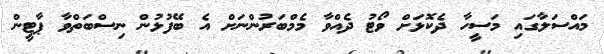
މައްސަލާގައި މަސީހާ ދެކޮޅަށް ވޯޓު ދެއްވާ މެމްބަރުންނަށް އެ ބޭފުޅުން ނިސްބަތްވާ ޕާޓީން